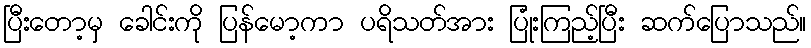
ပြီးတော့မှ ခေါင်းကို ပြန်မော့ကာ ပရိသတ်အား ပြုံးကြည့်ပြီး ဆက်ပြောသည်။